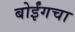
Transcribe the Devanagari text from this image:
बोईंगचा